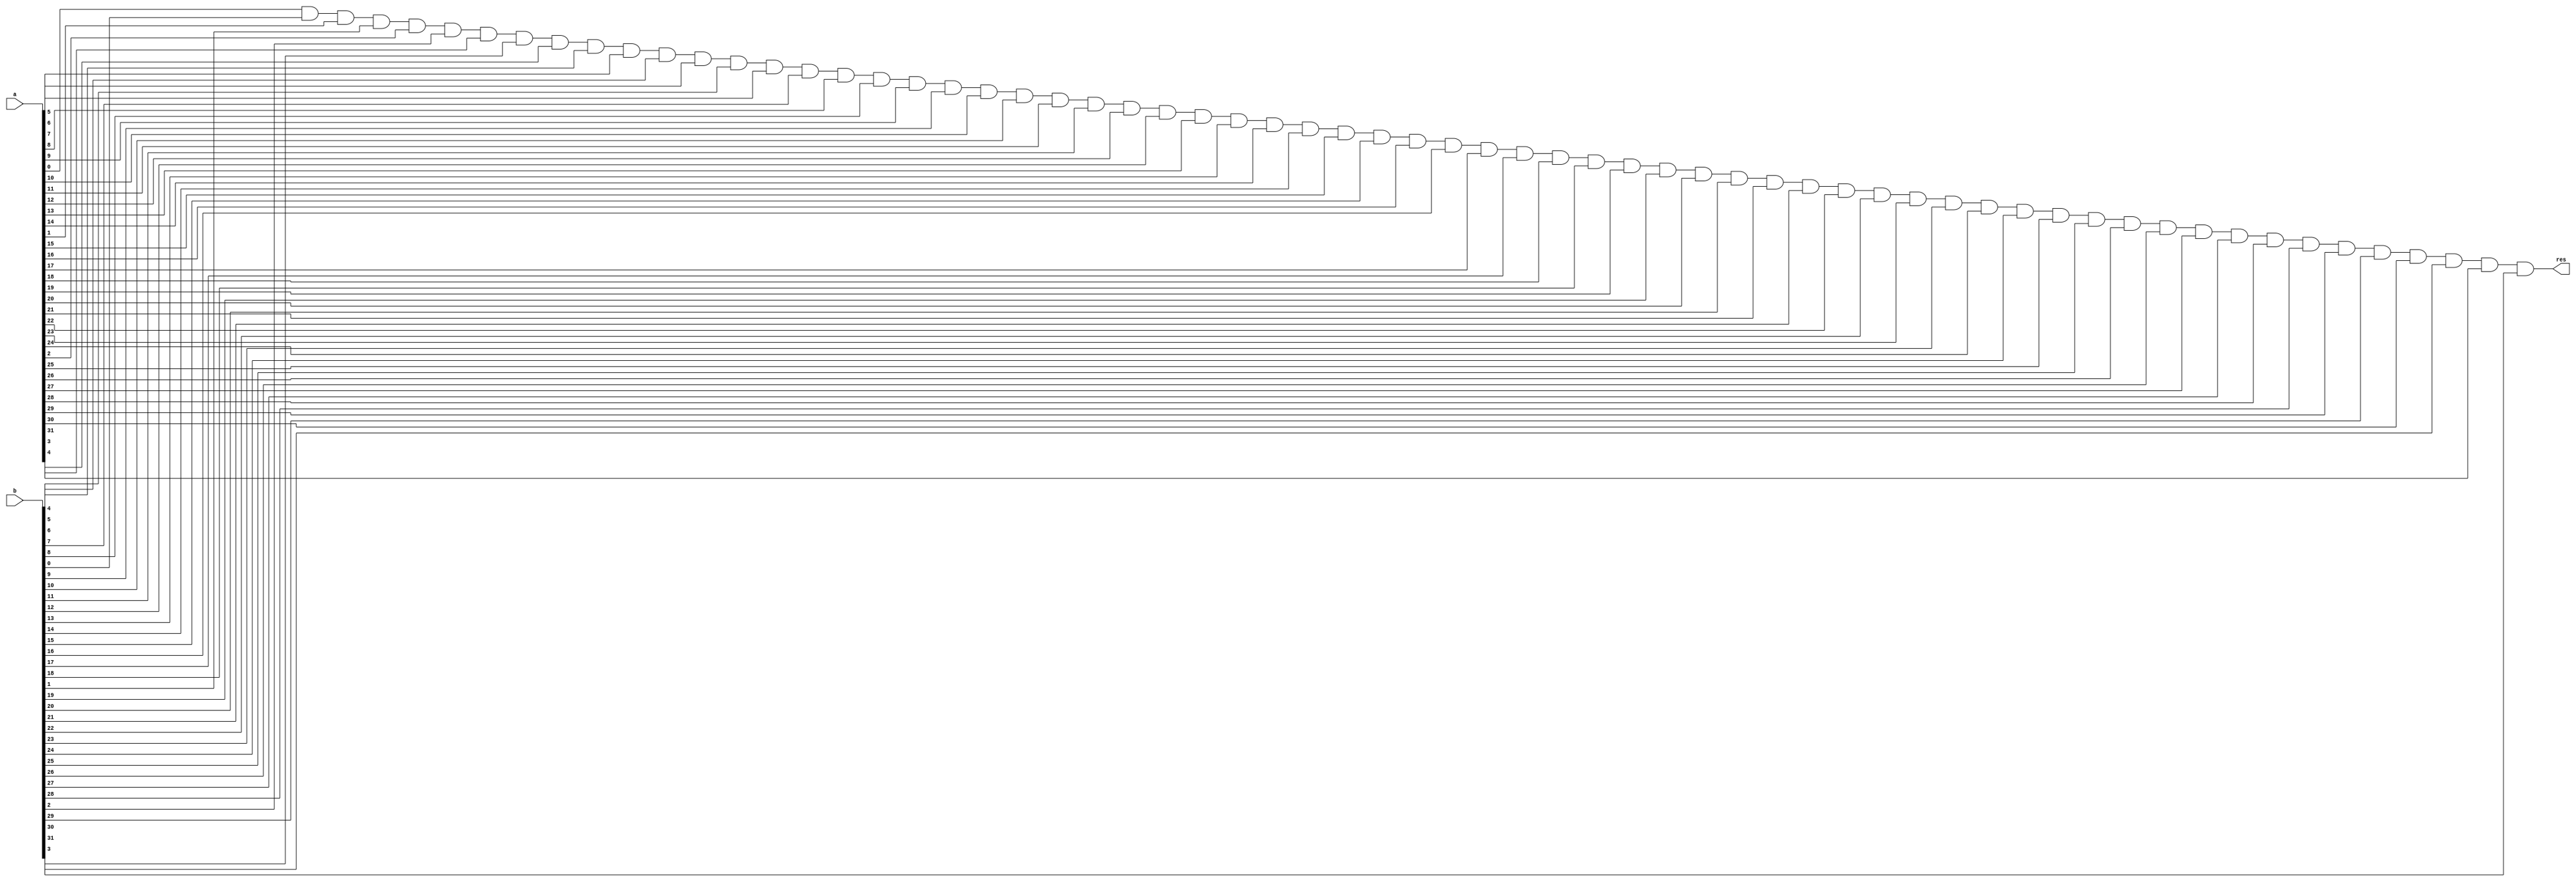
`default_nettype none

module Equals(a, b, res);
	parameter integer BUS_SIZE = 32;
	parameter integer RESULT_SIZE = 1;

	input [BUS_SIZE-1:0] a, b;
	output [RESULT_SIZE-1:0] res;
	
	/* verilator lint_off UNOPTFLAT */
	wire [BUS_SIZE:0] result;
	
	assign result[0] = 1;
	
	genvar i;
	generate 
		for (i=0; i<BUS_SIZE; i = i + 1)
		begin: equals_block
			assign result[i + 1] = result[i] & a[i] & b[i];
		end
	endgenerate
	
	assign res[0] = result[BUS_SIZE];

endmodule